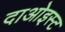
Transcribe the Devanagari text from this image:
दाओइस्ट